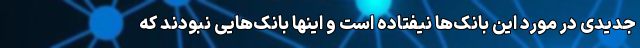
جدیدی در مورد این بانک‌ها نیفتاده است و اینها بانک‌هایی نبودند که